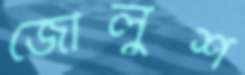
জৌলুশ